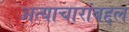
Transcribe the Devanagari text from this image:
अत्याचारांबद्दल